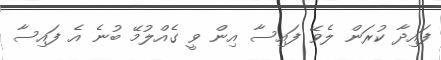
ފައިދާ ކުރަން ލެވޭ ފައިސާ އިން ވީ ގެއްލުމޭ ބުނެ އެ ފައިސާ